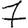
Digit: 7